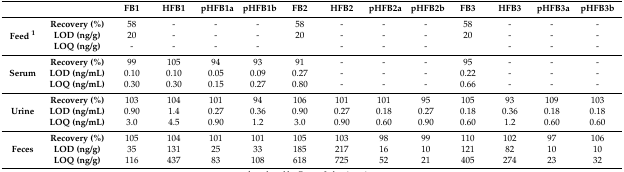
<table><thead><tr><td></td><td></td><td><b>FB1</b></td><td><b>HFB1</b></td><td><b>pHFB1a</b></td><td><b>pHFB1b</b></td><td><b>FB2</b></td><td><b>HFB2</b></td><td><b>pHFB2a</b></td><td><b>pHFB2b</b></td><td><b>FB3</b></td><td><b>HFB3</b></td><td><b>pHFB3a</b></td><td><b>pHFB3b</b></td></tr></thead><tbody><tr><td></td><td><b>Recovery (%)</b></td><td>58</td><td>-</td><td>-</td><td>-</td><td>58</td><td>-</td><td>-</td><td>-</td><td>58</td><td>-</td><td>-</td><td>-</td></tr><tr><td><b>Feed <sup>1</sup></b></td><td><b>LOD (ng/g)</b></td><td>20</td><td>-</td><td>-</td><td>-</td><td>20</td><td>-</td><td>-</td><td>-</td><td>20</td><td>-</td><td>-</td><td>-</td></tr><tr><td></td><td><b>LOQ (ng/g)</b></td><td>-</td><td>-</td><td>-</td><td>-</td><td></td><td>-</td><td>-</td><td>-</td><td></td><td>-</td><td>-</td><td>-</td></tr><tr><td></td><td><b>Recovery (%)</b></td><td>99</td><td>105</td><td>94</td><td>93</td><td>91</td><td>-</td><td>-</td><td>-</td><td>95</td><td>-</td><td>-</td><td>-</td></tr><tr><td><b>Serum</b></td><td><b>LOD (ng/mL)</b></td><td>0.10</td><td>0.10</td><td>0.05</td><td>0.09</td><td>0.27</td><td>-</td><td>-</td><td>-</td><td>0.22</td><td>-</td><td>-</td><td>-</td></tr><tr><td></td><td><b>LOQ (ng/mL)</b></td><td>0.30</td><td>0.30</td><td>0.15</td><td>0.27</td><td>0.80</td><td>-</td><td>-</td><td>-</td><td>0.66</td><td>-</td><td>-</td><td>-</td></tr><tr><td></td><td><b>Recovery (%)</b></td><td>103</td><td>104</td><td>101</td><td>94</td><td>106</td><td>101</td><td>101</td><td>95</td><td>105</td><td>93</td><td>109</td><td>103</td></tr><tr><td><b>Urine</b></td><td><b>LOD (ng/mL)</b></td><td>0.90</td><td>1.4</td><td>0.27</td><td>0.36</td><td>0.90</td><td>0.27</td><td>0.18</td><td>0.27</td><td>0.18</td><td>0.36</td><td>0.18</td><td>0.18</td></tr><tr><td></td><td><b>LOQ (ng/mL)</b></td><td>3.0</td><td>4.5</td><td>0.90</td><td>1.2</td><td>3.0</td><td>0.90</td><td>0.60</td><td>0.90</td><td>0.60</td><td>1.2</td><td>0.60</td><td>0.60</td></tr><tr><td></td><td><b>Recovery (%)</b></td><td>105</td><td>104</td><td>101</td><td>101</td><td>105</td><td>103</td><td>98</td><td>99</td><td>110</td><td>102</td><td>97</td><td>106</td></tr><tr><td><b>Feces</b></td><td><b>LOD (ng/g)</b></td><td>35</td><td>131</td><td>25</td><td>33</td><td>185</td><td>217</td><td>16</td><td>10</td><td>121</td><td>82</td><td>10</td><td>10</td></tr><tr><td></td><td><b>LOQ (ng/g)</b></td><td>116</td><td>437</td><td>83</td><td>108</td><td>618</td><td>725</td><td>52</td><td>21</td><td>405</td><td>274</td><td>23</td><td>32</td></tr></tbody></table>